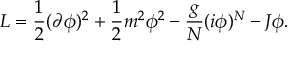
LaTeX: { \cal L } = { \frac { 1 } { 2 } } ( \partial \phi ) ^ { 2 } + { \frac { 1 } { 2 } } m ^ { 2 } \phi ^ { 2 } - { \frac { g } { N } } ( i \phi ) ^ { N } - J \phi .